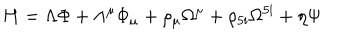
\mathrm { \bf { H } } = \Lambda { \Phi } + \Lambda ^ { \mu } { \Phi } _ { \mu } + \rho _ { \mu } \Omega ^ { \mu } + \rho _ { 5 i } \Omega ^ { 5 i } + \eta \Psi